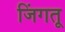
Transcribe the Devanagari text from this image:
जिंगतू